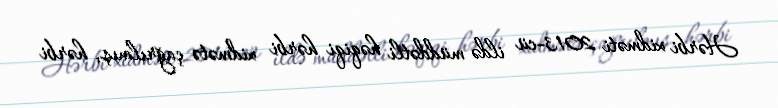
Hərbi xidməti 2013-cü ildə müddətli həqiqi hərbi xidmətə çağrılmış, hərbi